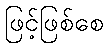
ဖြင့်ဖြစ်စေ